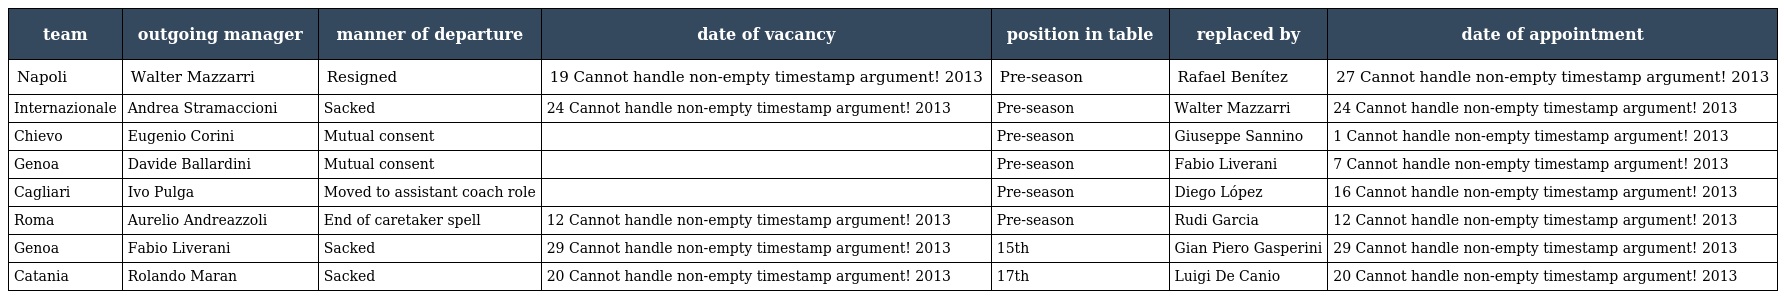
| team | outgoing manager | manner of departure | date of vacancy | position in table | replaced by | date of appointment |
 | --- | --- | --- | --- | --- | --- | --- |
 | Napoli | Walter Mazzarri | Resigned | 19 Cannot handle non-empty timestamp argument! 2013 | Pre-season | Rafael Benítez | 27 Cannot handle non-empty timestamp argument! 2013 |
 | Internazionale | Andrea Stramaccioni | Sacked | 24 Cannot handle non-empty timestamp argument! 2013 | Pre-season | Walter Mazzarri | 24 Cannot handle non-empty timestamp argument! 2013 |
 | Chievo | Eugenio Corini | Mutual consent |  | Pre-season | Giuseppe Sannino | 1 Cannot handle non-empty timestamp argument! 2013 |
 | Genoa | Davide Ballardini | Mutual consent |  | Pre-season | Fabio Liverani | 7 Cannot handle non-empty timestamp argument! 2013 |
 | Cagliari | Ivo Pulga | Moved to assistant coach role |  | Pre-season | Diego López | 16 Cannot handle non-empty timestamp argument! 2013 |
 | Roma | Aurelio Andreazzoli | End of caretaker spell | 12 Cannot handle non-empty timestamp argument! 2013 | Pre-season | Rudi Garcia | 12 Cannot handle non-empty timestamp argument! 2013 |
 | Genoa | Fabio Liverani | Sacked | 29 Cannot handle non-empty timestamp argument! 2013 | 15th | Gian Piero Gasperini | 29 Cannot handle non-empty timestamp argument! 2013 |
 | Catania | Rolando Maran | Sacked | 20 Cannot handle non-empty timestamp argument! 2013 | 17th | Luigi De Canio | 20 Cannot handle non-empty timestamp argument! 2013 |